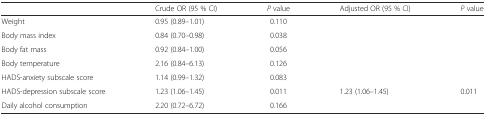
<table><thead><tr><td></td><td><b>Crude OR (95 % CI)</b></td><td><b><i>P</i> value</b></td><td><b>Adjusted OR (95 % CI)</b></td><td><b><i>P</i> value</b></td></tr></thead><tbody><tr><td>Weight</td><td>0.95 (0.89–1.01)</td><td>0.110</td><td></td><td></td></tr><tr><td>Body mass index</td><td>0.84 (0.70–0.98)</td><td>0.038</td><td></td><td></td></tr><tr><td>Body fat mass</td><td>0.92 (0.84–1.00)</td><td>0.056</td><td></td><td></td></tr><tr><td>Body temperature</td><td>2.16 (0.84–6.13)</td><td>0.126</td><td></td><td></td></tr><tr><td>HADS-anxiety subscale score</td><td>1.14 (0.99–1.32)</td><td>0.083</td><td></td><td></td></tr><tr><td>HADS-depression subscale score</td><td>1.23 (1.06–1.45)</td><td>0.011</td><td>1.23 (1.06–1.45)</td><td>0.011</td></tr><tr><td>Daily alcohol consumption</td><td>2.20 (0.72–6.72)</td><td>0.166</td><td></td><td></td></tr></tbody></table>